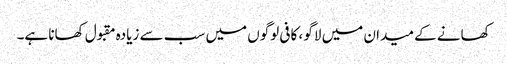
کھانے کے میدان میں لاگو ، کافی لوگوں میں سب سے زیادہ مقبول کھانا ہے۔